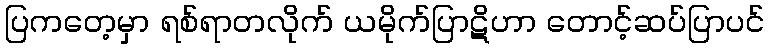
ပြကတေ့မှာ ရစ်ရာတလိုက် ယမိုက်ပြာဋိဟာ တောင့်ဆပ်ပြာပင်